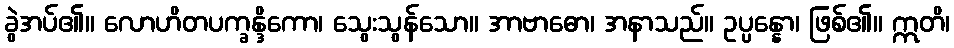
ခွဲအပ်၏။ လောဟိတပက္ခန္ဒိကော၊ သွေးသွန်သော။ အာဗာဓော၊ အနာသည်။ ဥပ္ပန္နော၊ ဖြစ်၏။ ဣတိ၊